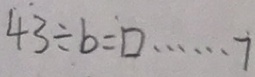
4 3 \div b = \square \cdots 7